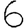
Digit: 6